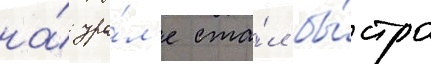
на́ ура́л'е ста́л бы́стро